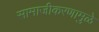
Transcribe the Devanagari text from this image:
सामाजीकरणामुळे